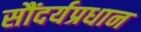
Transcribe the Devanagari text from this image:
सौंदर्यप्रधान